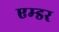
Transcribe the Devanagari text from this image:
एम्डर